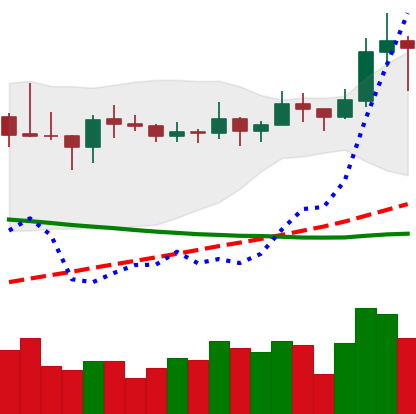
Ticker: LINK-USD
Chart end date: 2019-11-15
Forward return: -10.77%
Label: down_7plus